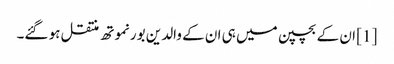
[1] ان کے بچپن میں ہی ان کے والدین بورنموتھ منتقل ہو گئے۔